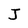
Character: J